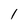
Character: 1